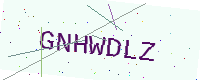
Text: GNHWDLZ